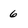
Character: 6